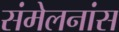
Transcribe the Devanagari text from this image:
संमेलनांस